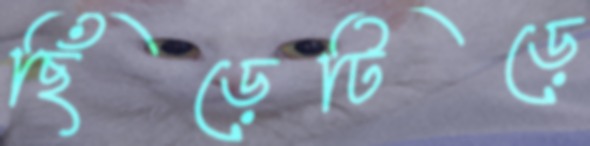
ছিঁড়েটিড়ে